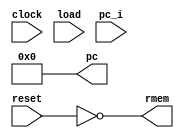
module pc
    ( input wire clock
    , input wire reset
    , input wire load
    , input wire[4:0] pc_i

    , output wire rmem
    , output wire[4:0] pc
    );

reg[7:0] q = 0;

assign rmem = !reset;
assign pc = q;

always @(reset) begin
    if (reset == 1) begin
        q <= 0;
    end
end

always @(posedge clock) begin
    if (reset == 1) begin
        q <= 0;
    end else if (load == 1) begin
        q <= pc_i;
    end else begin
        q <= q + 1;
    end
end

endmodule